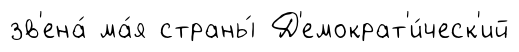
зв'ена́ ма́я страны́ Д'емократ'и́ческ'ий